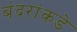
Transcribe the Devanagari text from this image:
बंदरांकडे